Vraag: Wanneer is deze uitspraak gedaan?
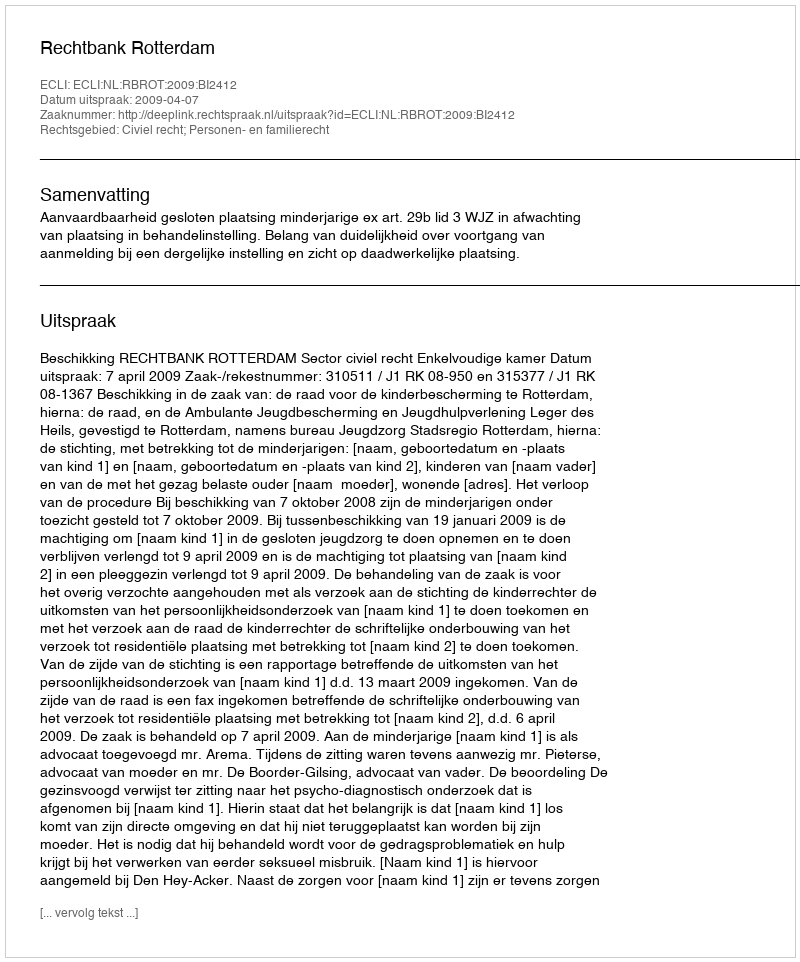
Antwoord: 2009-04-07